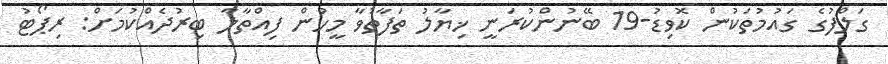
ގަލްފުގެ ގައުމުތަކުން ކޮވިޑު-19 ބޭނުންކުރަނީ ޚިޔާލު ތަފާތުވާ މީހުން ފިއްތާލާ ބިރުދެއްކުމަށް: ރިޕޯޓު